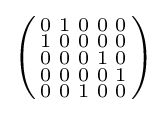
\left({\begin{smallmatrix}0&1&0&0&0\\1&0&0&0&0\\0&0&0&1&0\\0&0&0&0&1\\0&0&1&0&0\end{smallmatrix}}\right)